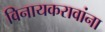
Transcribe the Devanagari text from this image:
विनायकरावांना